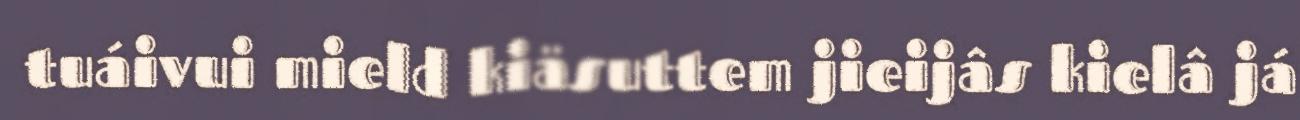
tuáivui mield kiäsuttem jieijâs kielâ já